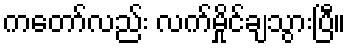
ကတော်လည်း လက်မှိုင်ချသွားပြီ။